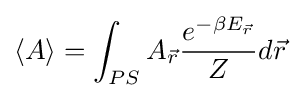
\langle A\rangle =\int _{PS}A_{\vec {r}}{\frac {e^{-\beta E_{\vec {r}}}}{Z}}d{\vec {r}}